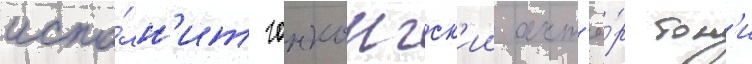
испо́лн'ит гонконгск'ии акт'ё́р тон'и